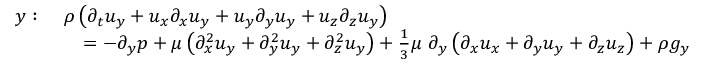
{ \begin{array} { r l } { y : \ } & { \rho \left( { \partial _ { t } u _ { y } } + u _ { x } { \partial _ { x } u _ { y } } + u _ { y } { \partial _ { y } u _ { y } } + u _ { z } { \partial _ { z } u _ { y } } \right) } \\ & { \quad = - { \partial _ { y } p } + \mu \left( { \partial _ { x } ^ { 2 } u _ { y } } + { \partial _ { y } ^ { 2 } u _ { y } } + { \partial _ { z } ^ { 2 } u _ { y } } \right) + { \frac { 1 } { 3 } } \mu \ \partial _ { y } \left( { \partial _ { x } u _ { x } } + { \partial _ { y } u _ { y } } + { \partial _ { z } u _ { z } } \right) + \rho g _ { y } } \end{array} }